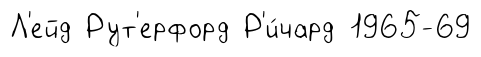
Л'ейд Рут'ерфорд Р'и́чард 1965-69